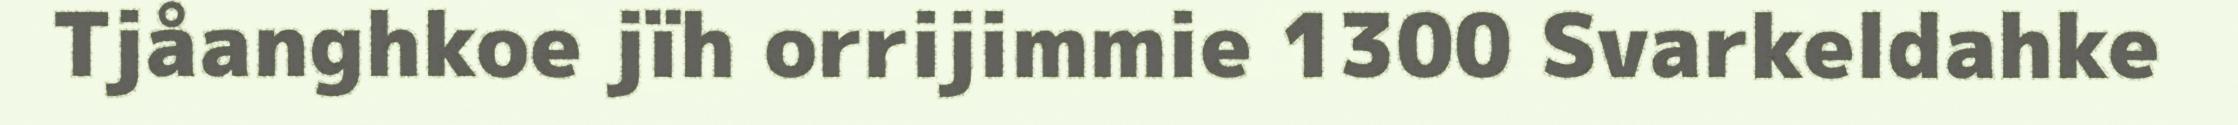
Tjåanghkoe jïh orrijimmie 1300 Svarkeldahke